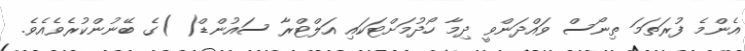
އެންމެ ފުރަތަަމަ ތިނޯސް ވައްދަންވީ ދިމާ ހޯދުމަށްޓަކައި އަލްޓްރާ ސައުންޑް( )ގެ ބޭނުންކުރެވެއެވެ.